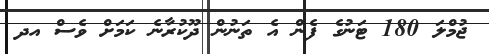
ޖުމްލަ 180 ޓަނުގެ ފެން އެ ތަނުން ދޫކުރާނެ ކަމަށް ވެސް އދ